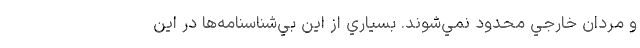
و مردان خارجي محدود نمي‌شوند. بسياري از اين بي‌شناسنامه‌ها در اين